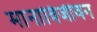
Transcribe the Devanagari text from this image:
मानाविजीवन